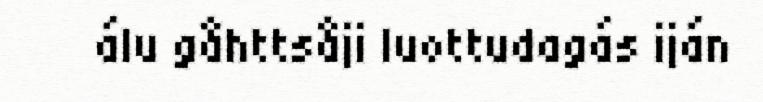
álu gåhttsåji luottudagás iján